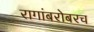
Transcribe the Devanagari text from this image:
रागांबरोबरच